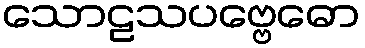
သောဠသပဗ္ဗေဓော